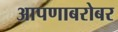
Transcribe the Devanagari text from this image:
आपणाबरोबर